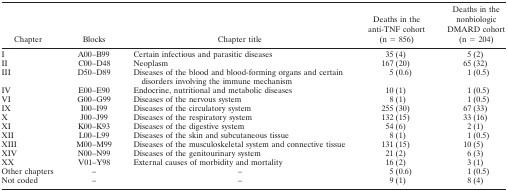
| Chapter | Blocks | Chapter title | Deaths in the anti-TNF cohort (n = 856) | Deaths in the nonbiologic DMARD cohort (n = 204) |
 | --- | --- | --- | --- | --- |
 | I | A00–B99 | Certain infectious and parasitic diseases | 35 (4) | 5 (2) |
 | II | C00–D48 | Neoplasm | 167 (20) | 65 (32) |
 | III | D50–D89 | Diseases of the blood and blood-forming organs and certain disorders involving the immune mechanism | 5 (0.6) | 1 (0.5) |
 | IV | E00–E90 | Endocrine, nutritional and metabolic diseases | 10 (1) | 1 (0.5) |
 | VI | G00–G99 | Diseases of the nervous system | 8 (1) | 1 (0.5) |
 | IX | I00–I99 | Diseases of the circulatory system | 255 (30) | 67 (33) |
 | X | J00–J99 | Diseases of the respiratory system | 132 (15) | 33 (16) |
 | XI | K00–K93 | Diseases of the digestive system | 54 (6) | 2 (1) |
 | XII | L00–L99 | Diseases of the skin and subcutaneous tissue | 8 (1) | 1 (0.5) |
 | XIII | M00–M99 | Diseases of the musculoskeletal system and connective tissue | 131 (15) | 10 (5) |
 | XIV | N00–N99 | Diseases of the genitourinary system | 21 (2) | 6 (3) |
 | XX | V01–Y98 | External causes of morbidity and mortality | 16 (2) | 3 (1) |
 | Other chapters | – | – | 5 (0.6) | 1 (0.5) |
 | Not coded | – | – | 9 (1) | 8 (4) |